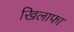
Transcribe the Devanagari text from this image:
खिलाफा